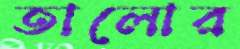
তালোর